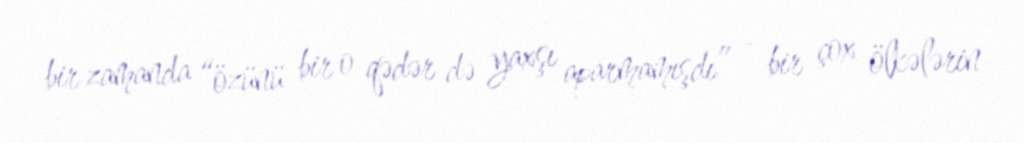
bir zamanda “özünü bir o qədər də yaxşı aparmamışdı” – bir çox ölkələrin